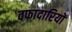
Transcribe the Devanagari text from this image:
वफादारियों